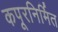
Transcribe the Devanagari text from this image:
कपूरनिर्मित